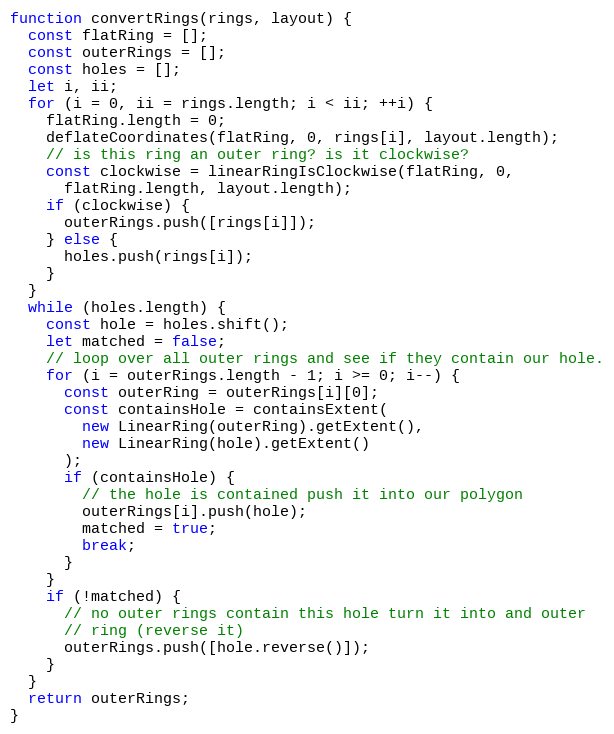
Language: JavaScript
function convertRings(rings, layout) {
  const flatRing = [];
  const outerRings = [];
  const holes = [];
  let i, ii;
  for (i = 0, ii = rings.length; i < ii; ++i) {
    flatRing.length = 0;
    deflateCoordinates(flatRing, 0, rings[i], layout.length);
    // is this ring an outer ring? is it clockwise?
    const clockwise = linearRingIsClockwise(flatRing, 0,
      flatRing.length, layout.length);
    if (clockwise) {
      outerRings.push([rings[i]]);
    } else {
      holes.push(rings[i]);
    }
  }
  while (holes.length) {
    const hole = holes.shift();
    let matched = false;
    // loop over all outer rings and see if they contain our hole.
    for (i = outerRings.length - 1; i >= 0; i--) {
      const outerRing = outerRings[i][0];
      const containsHole = containsExtent(
        new LinearRing(outerRing).getExtent(),
        new LinearRing(hole).getExtent()
      );
      if (containsHole) {
        // the hole is contained push it into our polygon
        outerRings[i].push(hole);
        matched = true;
        break;
      }
    }
    if (!matched) {
      // no outer rings contain this hole turn it into and outer
      // ring (reverse it)
      outerRings.push([hole.reverse()]);
    }
  }
  return outerRings;
}